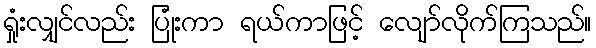
ရှုံးလျှင်လည်း ပြုံးကာ ရယ်ကာဖြင့် လျော်လိုက်ကြသည်။